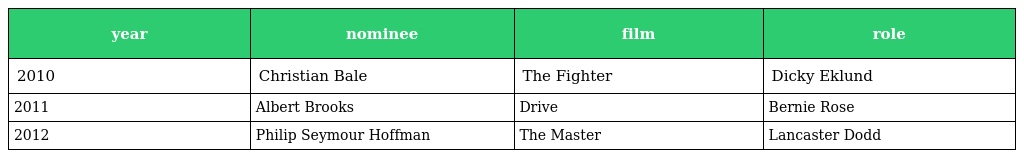
| year | nominee | film | role |
 | --- | --- | --- | --- |
 | 2010 | Christian Bale | The Fighter | Dicky Eklund |
 | 2011 | Albert Brooks | Drive | Bernie Rose |
 | 2012 | Philip Seymour Hoffman | The Master | Lancaster Dodd |